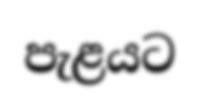
පැළයට